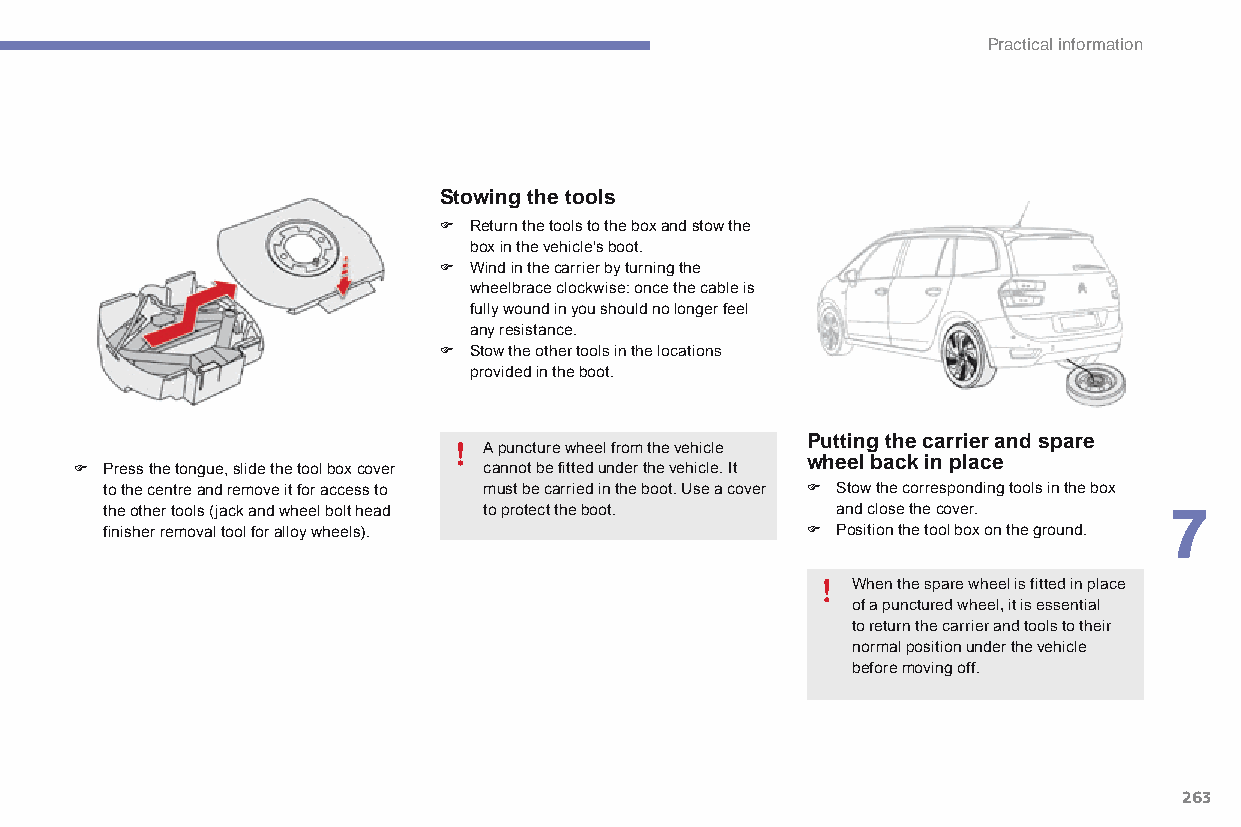
Practical information
 Stowing the tools
 F Return the tools to the box and stow the
 box in the vehicle's boot.
 F Wind in the carrier by turning the
 wheelbrace clockwise: once the cable is
 fully wound in you should no longer feel
 any resistance.
 F Stow the other tools in the locations
 provided in the boot.
 Putting the carrier and spare
 A puncture wheel from the vehicle
 F Press the tongue, slide the tool box cover cannot be fitted under the vehicle. It wheel back in place
 to the centre and remove it for access to must be carried in the boot. Use a cover F Stow the corresponding tools in the box
 the other tools (jack and wheel bolt head to protect the boot. and close the cover. 7
 finisher removal tool for alloy wheels).      F Position the tool box on the ground.
 When the spare wheel is fitted in place
 of a punctured wheel, it is essential
 to return the carrier and tools to their
 normal position under the vehicle
 before moving off.
 263
 C4-Picasso-II_en_Chap07_info-pratiques_ed01-2015